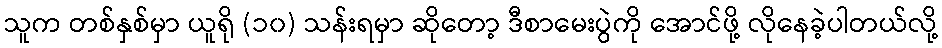
သူက တစ်နှစ်မှာ ယူရို (၁၀) သန်းရမှာ ဆိုတော့ ဒီစာမေးပွဲကို အောင်ဖို့ လိုနေခဲ့ပါတယ်လို့